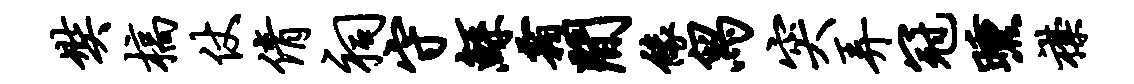
奘槁仗倩祠守鲧霜间缘舄突弄冠曛襟